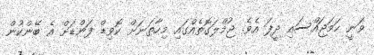
ވަނީ ހަމަޖައްސައި ދީފަ އެވެ. ޖުމްލަގޮތެއްގައި މިހާތަނަށް ކޮވިޑް ފަންޑަށް އެ ބޭންކުން